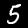
Label: 5